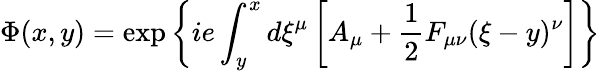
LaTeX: \Phi(x,y)=\exp\left\{ ie\int_{y}^{x}d\xi^{\mu}\left[A_{\mu}+{\frac{1}{2}}F_{\mu\nu}(\xi-y)^{\nu}\right]\right\}